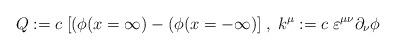
LaTeX: \begin{align*}Q:=c\; [(\phi (x=\infty )-(\phi (x=-\infty )]\; ,\; k^{\mu }:=c\; \varepsilon ^{\mu \nu }\partial _{\nu }\phi\end{align*}